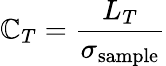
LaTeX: \mathbb{C}_{T}=\frac{{L_{T}}}{{\sigma_{\textnormal{sample}}}}